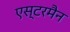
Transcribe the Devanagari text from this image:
एस्टरमैन